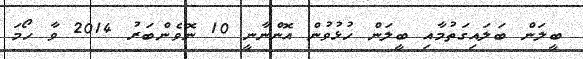
ބީލަން ބަލައިގަތުމާއި ބީލަން ހުޅުވުން އޮންނާނީ 10 ނޮވެންބަރު 2014 ވާ ހޯމަ